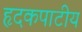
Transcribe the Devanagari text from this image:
हृदकपाटीय